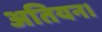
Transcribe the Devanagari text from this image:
अतियन।